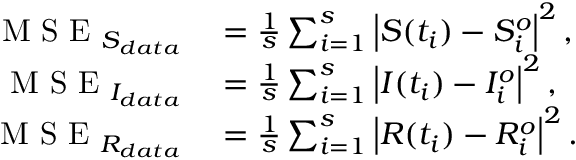
\begin{array} { r l } { \mathrm { ~ M ~ S ~ E ~ } _ { S _ { d a t a } } } & { { } = \frac { 1 } { s } \sum _ { i = 1 } ^ { s } \left| S ( t _ { i } ) - S _ { i } ^ { o } \right| ^ { 2 } , } \\ { \mathrm { ~ M ~ S ~ E ~ } _ { I _ { d a t a } } } & { { } = \frac { 1 } { s } \sum _ { i = 1 } ^ { s } \left| I ( t _ { i } ) - I _ { i } ^ { o } \right| ^ { 2 } , } \\ { \mathrm { ~ M ~ S ~ E ~ } _ { R _ { d a t a } } } & { { } = \frac { 1 } { s } \sum _ { i = 1 } ^ { s } \left| R ( t _ { i } ) - R _ { i } ^ { o } \right| ^ { 2 } . } \end{array}